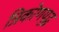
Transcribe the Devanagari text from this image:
त्रिकोणयुद्ध